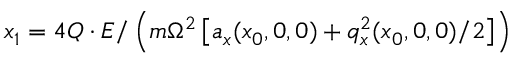
x _ { 1 } = 4 Q \cdot E / \left( m \Omega ^ { 2 } \left[ a _ { x } ( x _ { 0 } , 0 , 0 ) + q _ { x } ^ { 2 } ( x _ { 0 } , 0 , 0 ) / 2 \right] \right)